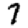
Digit: 7